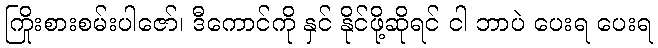
ကြိုးစားစမ်းပါဇော်၊ ဒီကောင်ကို နှင် နိုင်ဖို့ဆိုရင် ငါ ဘာပဲ ပေးရ ပေးရ